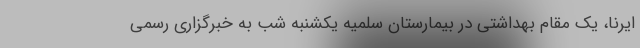
ایرنا، یک مقام بهداشتی در بیمارستان سلمیه یکشنبه شب به خبرگزاری رسمی